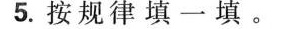
5.按规律填一填